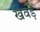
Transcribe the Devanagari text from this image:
खेवड़े